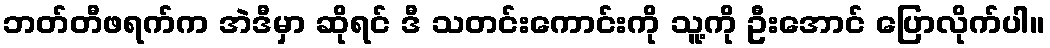
ဘတ်တီဖရက်က အဲဒီမှာ ဆိုရင် ဒီ သတင်းကောင်းကို သူ့ကို ဦးအောင် ပြောလိုက်ပါ။